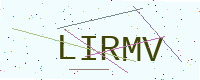
Text: LIRMV